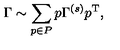
\Gamma \sim \sum _ { p \in P } p \Gamma ^ { ( s ) } p ^ { \mathrm { T } } ,